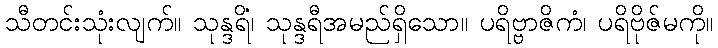
သီတင်းသုံးလျက်။ သုန္ဒရိံ၊ သုန္ဒရီအမည်ရှိသော။ ပရိဗ္ဗာဇိကံ၊ ပရိဗိုဇ်မကို။